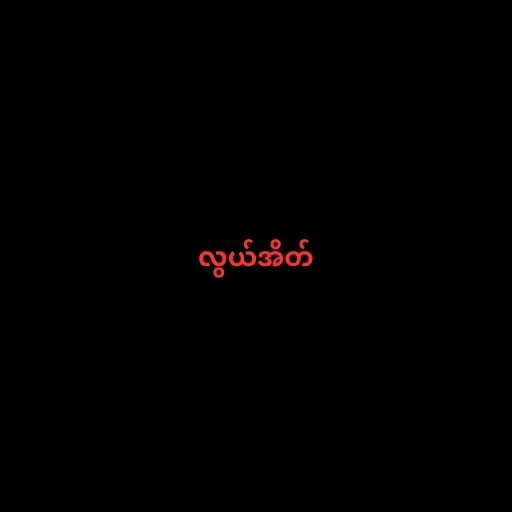
လွယ်အိတ်